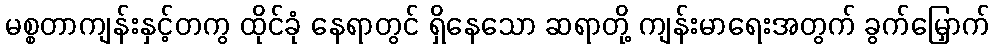
မစ္စတာကျန်းနှင့်တကွ ထိုင်ခုံ နေရာတွင် ရှိနေသော ဆရာတို့ ကျန်းမာရေးအတွက် ခွက်မြှောက်